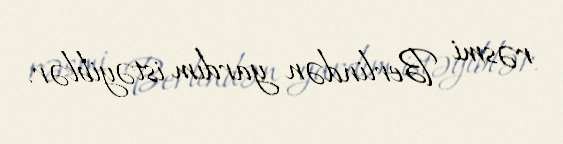
rəsmi Berlindən yardım istəyiblər.